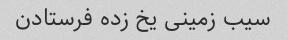
سیب زمینی یخ زده فرستادن